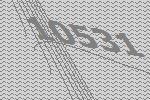
10531